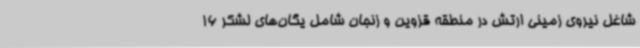
شاغل نیروی زمینی ارتش در منطقه قزوین و زنجان شامل یگان‌های لشکر 16